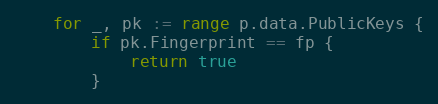
Language: Go
	for _, pk := range p.data.PublicKeys {
		if pk.Fingerprint == fp {
			return true
		}